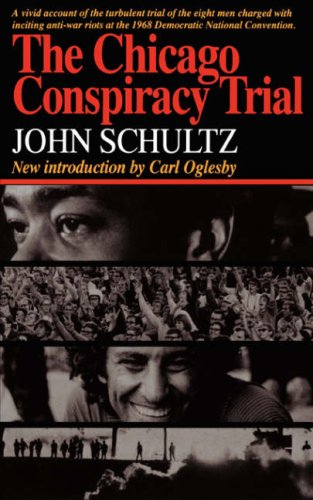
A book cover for The Chicago Conspiracy Trial; John Schultz; Law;